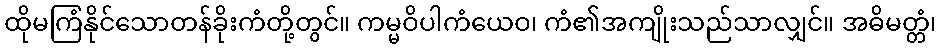
ထိုမကြံနိုင်သောတန်ခိုးကံတို့တွင်။ ကမ္မဝိပါကံယေဝ၊ ကံ၏အကျိုးသည်သာလျှင်။ အဓိမတ္တံ၊